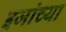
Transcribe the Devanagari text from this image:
इजांच्या